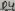
Text: D4